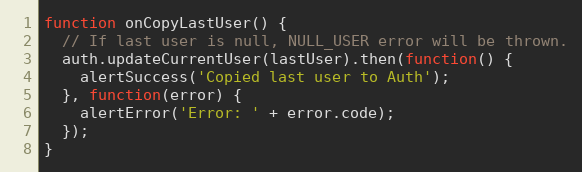
Language: JavaScript
function onCopyLastUser() {
  // If last user is null, NULL_USER error will be thrown.
  auth.updateCurrentUser(lastUser).then(function() {
    alertSuccess('Copied last user to Auth');
  }, function(error) {
    alertError('Error: ' + error.code);
  });
}